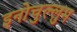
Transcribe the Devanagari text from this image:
इनोचुल्लुम